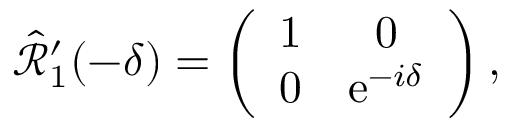
\begin{array} { r } { \hat { \mathcal { R } } _ { 1 } ^ { \prime } ( - \delta ) = \left( \begin{array} { c c } { 1 } & { 0 } \\ { 0 } & { \mathrm { e } ^ { - i \delta } } \end{array} \right) , } \end{array}